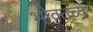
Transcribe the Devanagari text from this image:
भोक्तव्यं